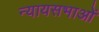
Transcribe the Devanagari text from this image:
न्यायसभाओं